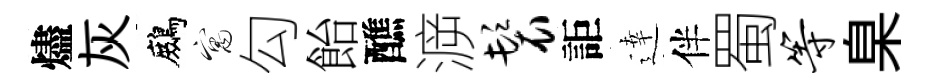
燼灰鷓寓勾飴醮㴑鬟詎逹伴蜀等臬